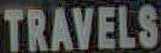
TRAVELS